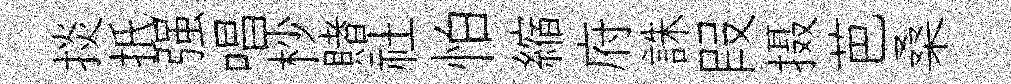
掞扺强唱杪賭社怕縮府誅叚摄芭桑